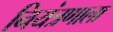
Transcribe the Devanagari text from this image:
नियंत्रणाला